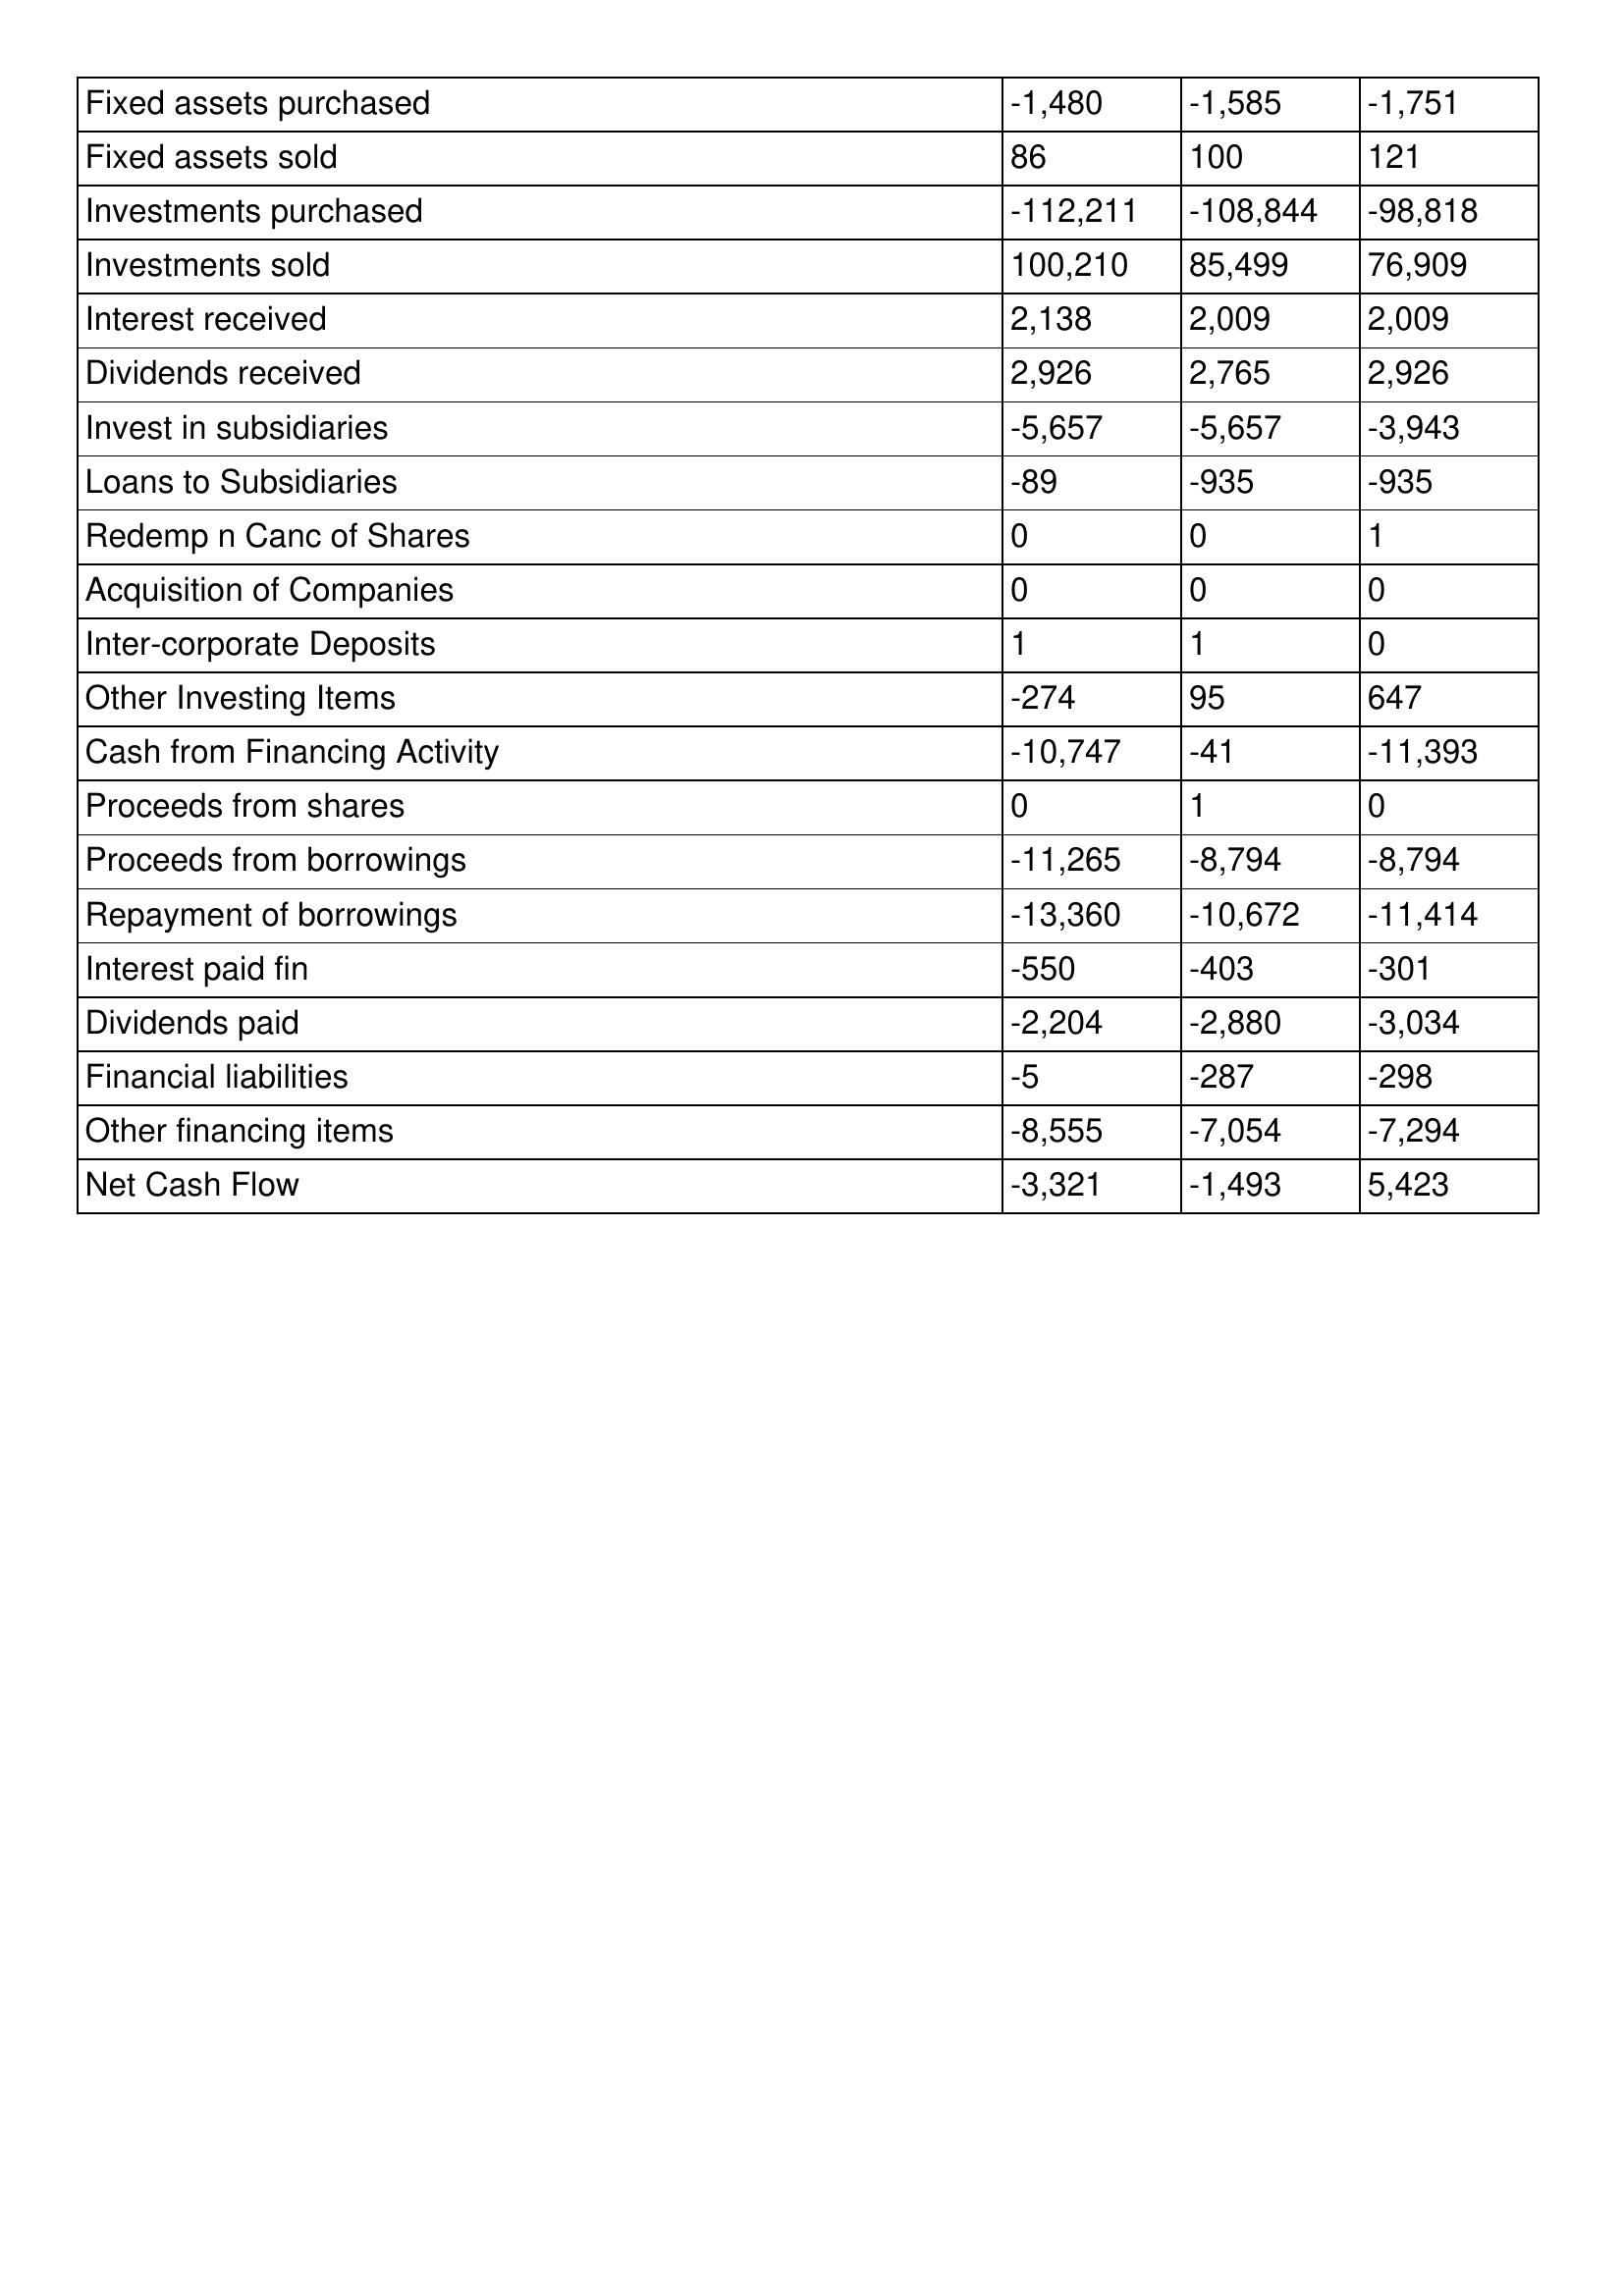
gt_parse: 2009: Cash Flows: Fixed assets purchased: -1,480
Fixed assets sold: 86
Investments purchased: -112,211
Investments sold: 100,210
Interest received: 2,138
Dividends received: 2,926
Invest in subsidiaries: -5,657
Loans to Subsidiaries: -89
Redemp n Canc of Shares: 0
Acquisition of Companies: 0
Inter-corporate Deposits: 1
Other Investing Items: -274
Cash from Financing Activity: -10,747
Proceeds from shares: 0
Proceeds from borrowings: -11,265
Repayment of borrowings: -13,360
Interest paid fin: -550
Dividends paid: -2,204
Financial liabilities: -5
Other financing items: -8,555
Net Cash Flow: -3,321
2008: Cash Flows: Fixed assets purchased: -1,585
Fixed assets sold: 100
Investments purchased: -108,844
Investments sold: 85,499
Interest received: 2,009
Dividends received: 2,765
Invest in subsidiaries: -5,657
Loans to Subsidiaries: -935
Redemp n Canc of Shares: 0
Acquisition of Companies: 0
Inter-corporate Deposits: 1
Other Investing Items: 95
Cash from Financing Activity: -41
Proceeds from shares: 1
Proceeds from borrowings: -8,794
Repayment of borrowings: -10,672
Interest paid fin: -403
Dividends paid: -2,880
Financial liabilities: -287
Other financing items: -7,054
Net Cash Flow: -1,493
2007: Cash Flows: Fixed assets purchased: -1,751
Fixed assets sold: 121
Investments purchased: -98,818
Investments sold: 76,909
Interest received: 2,009
Dividends received: 2,926
Invest in subsidiaries: -3,943
Loans to Subsidiaries: -935
Redemp n Canc of Shares: 1
Acquisition of Companies: 0
Inter-corporate Deposits: 0
Other Investing Items: 647
Cash from Financing Activity: -11,393
Proceeds from shares: 0
Proceeds from borrowings: -8,794
Repayment of borrowings: -11,414
Interest paid fin: -301
Dividends paid: -3,034
Financial liabilities: -298
Other financing items: -7,294
Net Cash Flow: 5,423